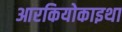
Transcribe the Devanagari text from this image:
आरकियोकाइथा